Leningradi_Edasi_toimetus, lk 186
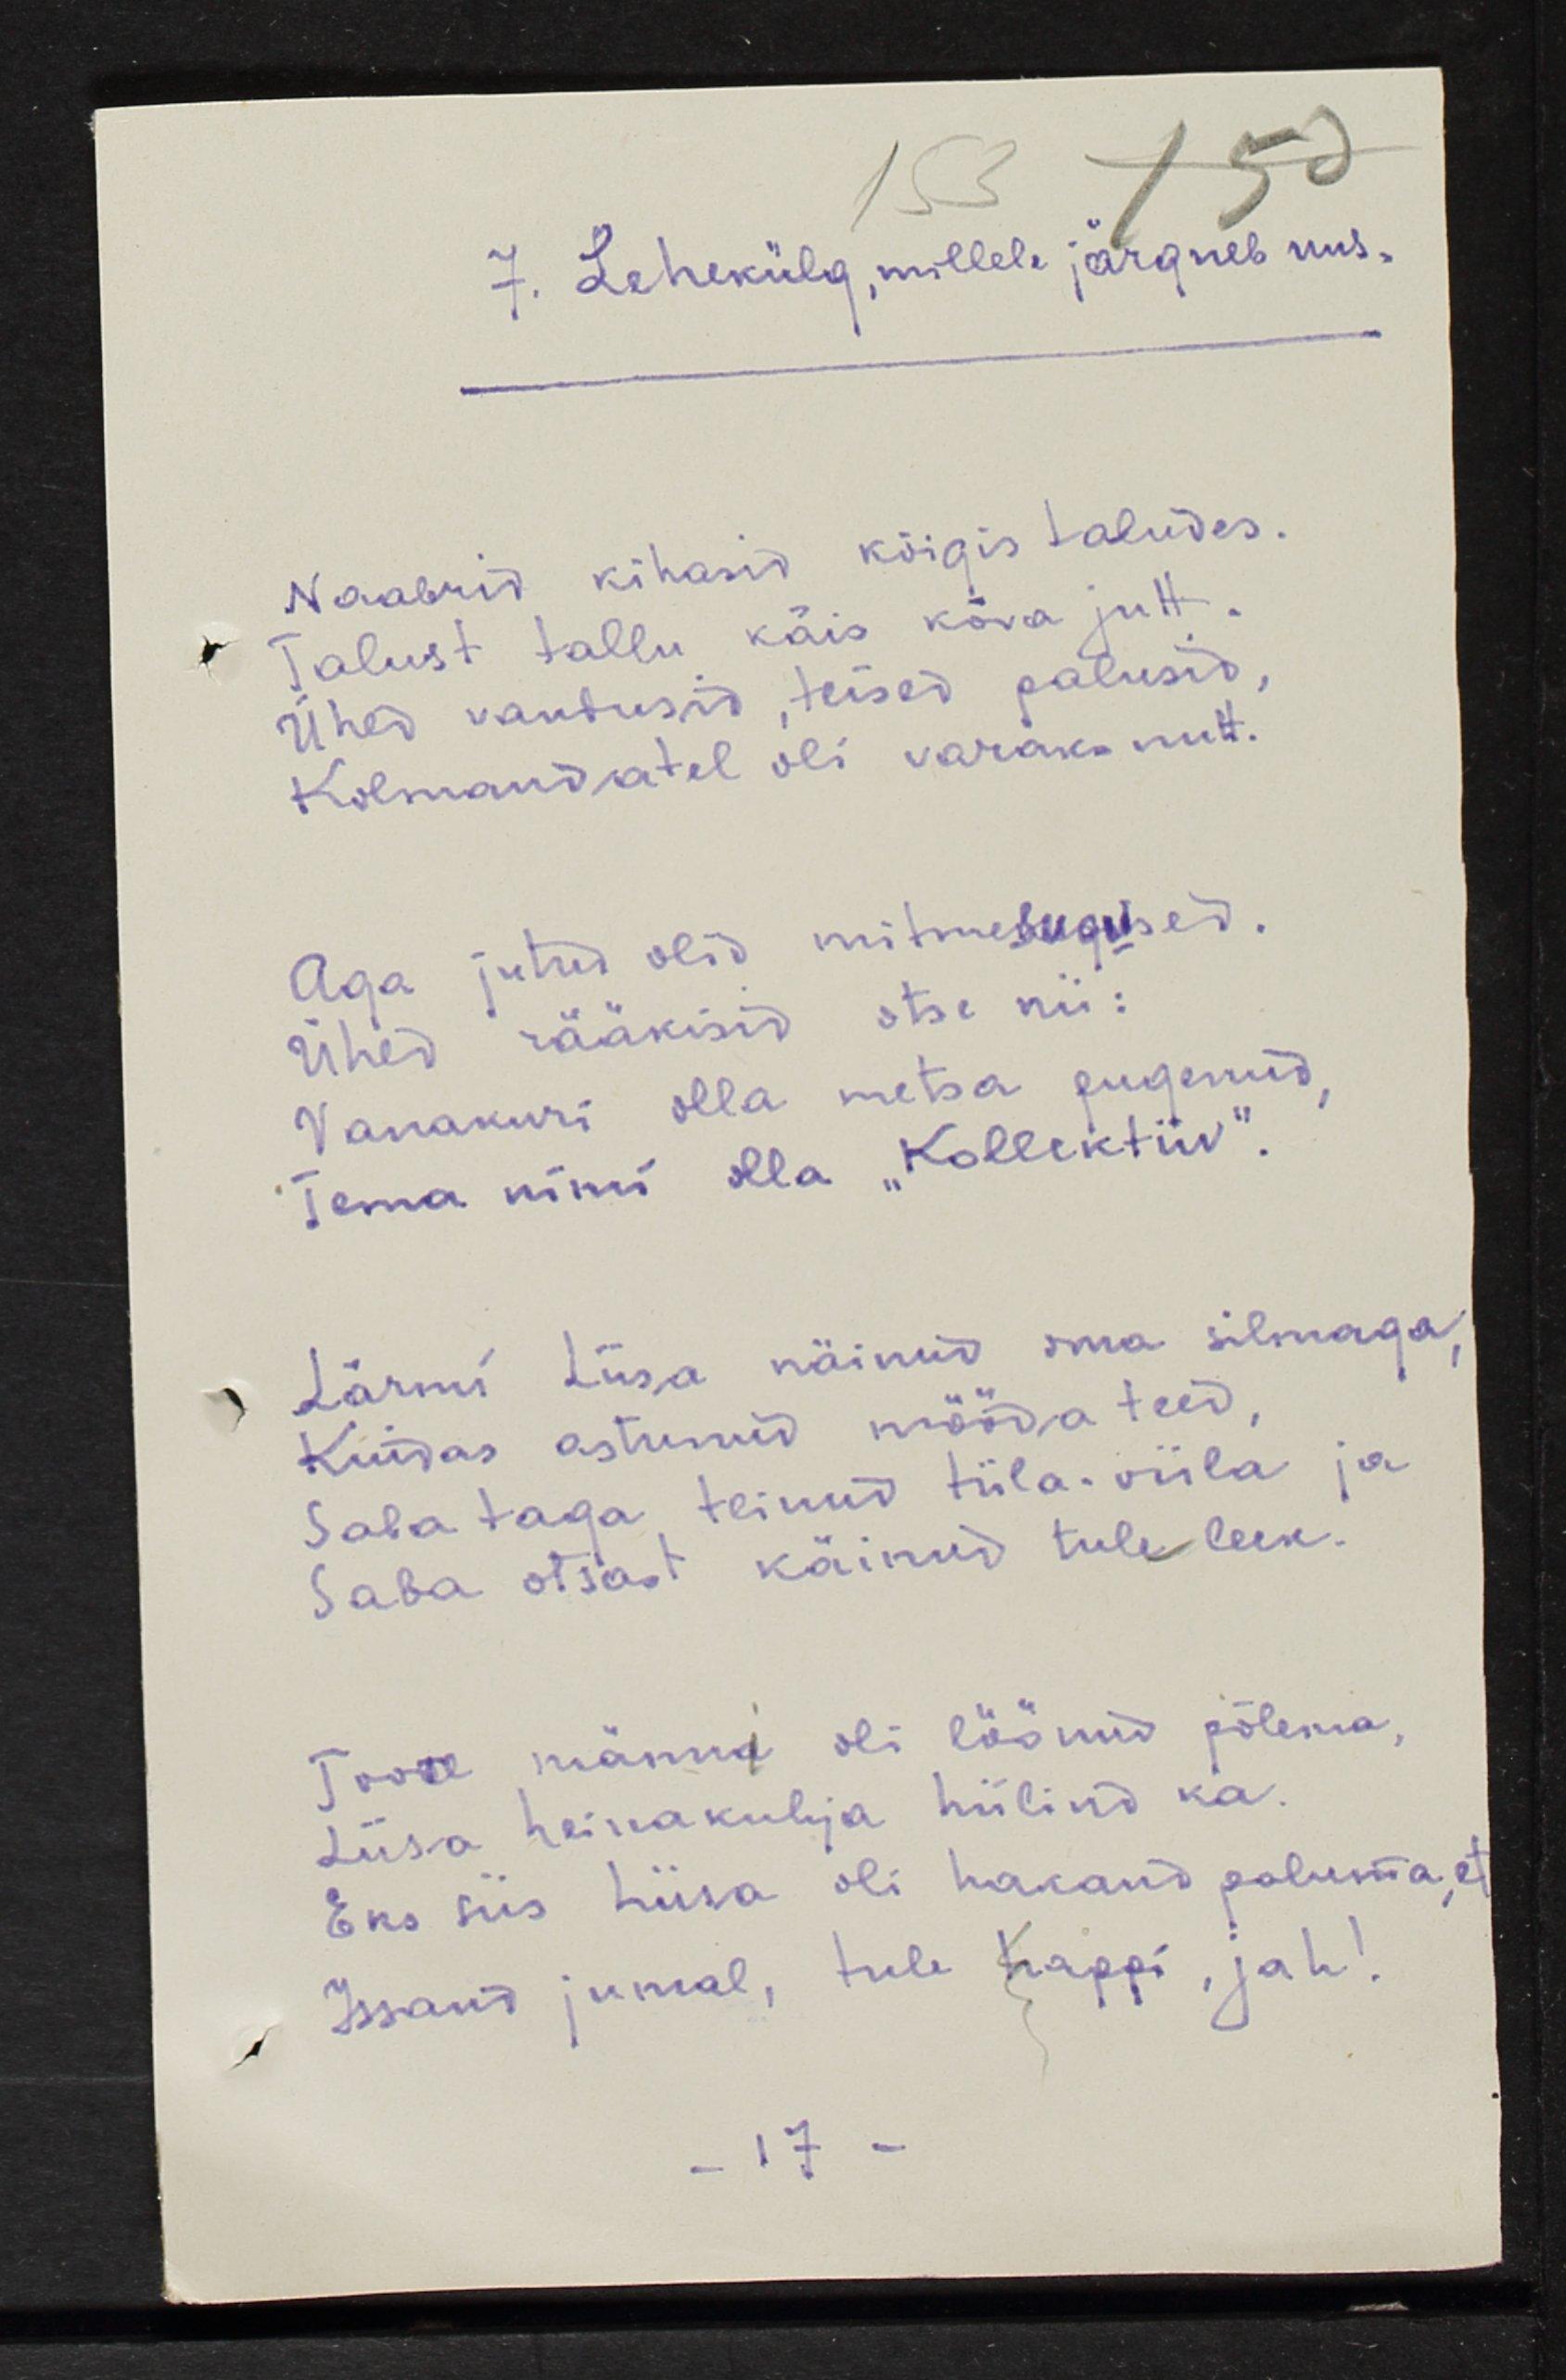
7. Lehekülg, millele järgneb uus.
Naabrid kihasid kõigis taludes.
Talust tallu käis kõva jutt.
Ühed vandusid, teised palusid,
Kolmandatel oli varane nutt.
Aga jutud olid mitmesugused.
Ühed rääkisid otse nii:
Vanakuri olla metsa pugenud,
Tema nimi olla "Kollektiiv".
Lärmi Liisa näinud oma silmaga,
Kuidas astunud mööda teed,
Saba taga teinud tiila-viila ja
Saba otsast käinud tuleleek.
Toore männi oli löönud põlema,
Liisa heinakuhja hiilind ka.
Eks siis Liisa oli hakand paluma, et
Issand jumal, tule happi, jah!